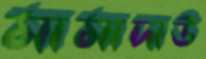
মামাদাউ